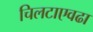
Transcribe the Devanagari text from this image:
चिलटाएवढा